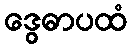
ဒွေဓာပထံ